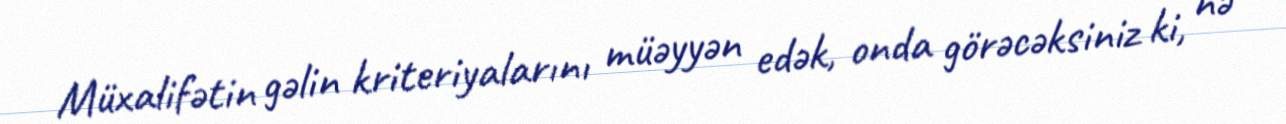
Müxalifətin gəlin kriteriyalarını müəyyən edək, onda görəcəksiniz ki, nə